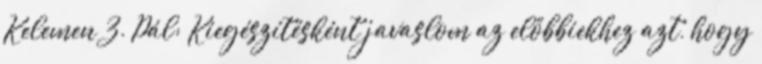
Kelemen Z. Pál: Kiegészítésként javaslom az előbbiekhez azt, hogy